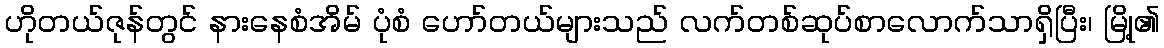
ဟိုတယ်ဇုန်တွင် နားနေစံအိမ် ပုံစံ ဟော်တယ်များသည် လက်တစ်ဆုပ်စာလောက်သာရှိပြီး၊ မြို့၏